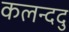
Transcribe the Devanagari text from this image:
कलन्ददु